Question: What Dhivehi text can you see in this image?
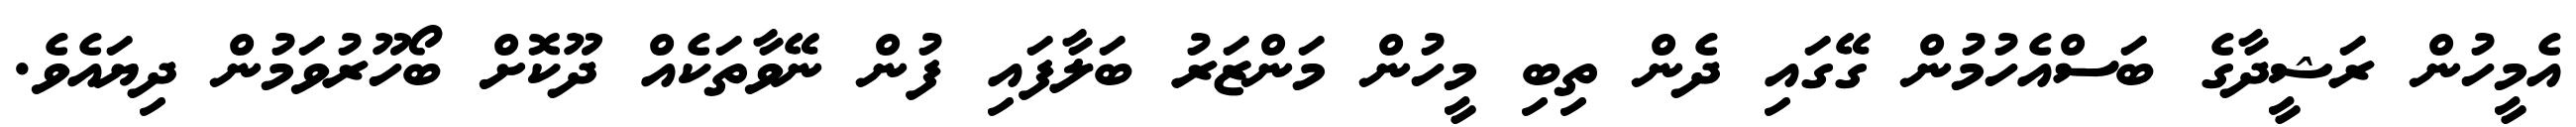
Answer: އެމީހުން ރަޝީދާގެ ބަސްއެހުމުން ގޭގައި ދެން ތިބި މީހުން މަންޒަރު ބަލާފައި ފުން ނޭވާތަކެއް ދޫކޮށް ބޯހޫރުވަމުން ދިޔައެވެ.